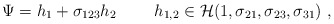
\begin{align*}\Psi = h_1 + \sigma_{123} h_2 ~~~~~~~ h_{1,2} \in {\cal H}(1,\sigma_{21},\sigma_{23},\sigma_{31})~,\end{align*}